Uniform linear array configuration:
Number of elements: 32
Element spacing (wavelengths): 0.25
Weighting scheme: cosine
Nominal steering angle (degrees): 0
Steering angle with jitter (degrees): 1.33
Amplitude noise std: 0.05
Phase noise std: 0.05

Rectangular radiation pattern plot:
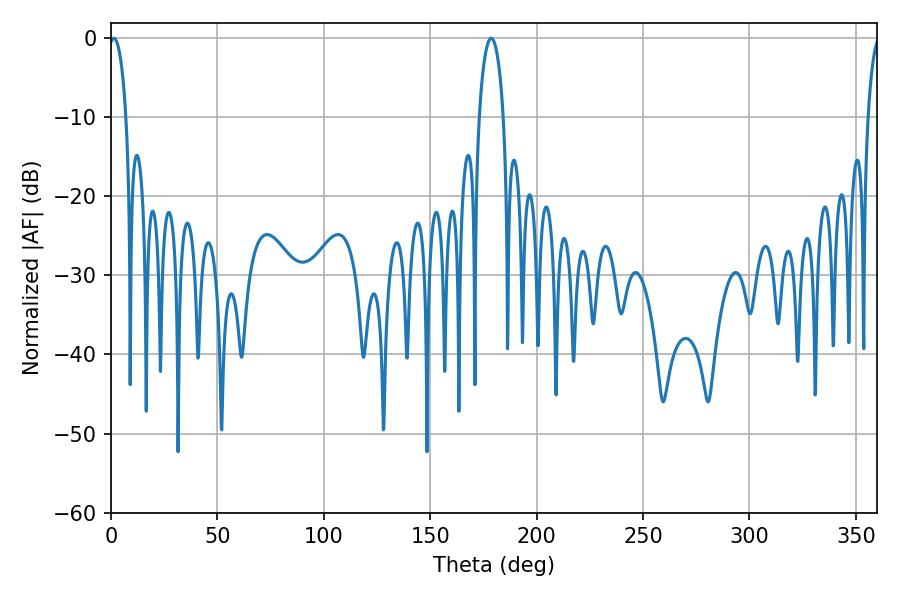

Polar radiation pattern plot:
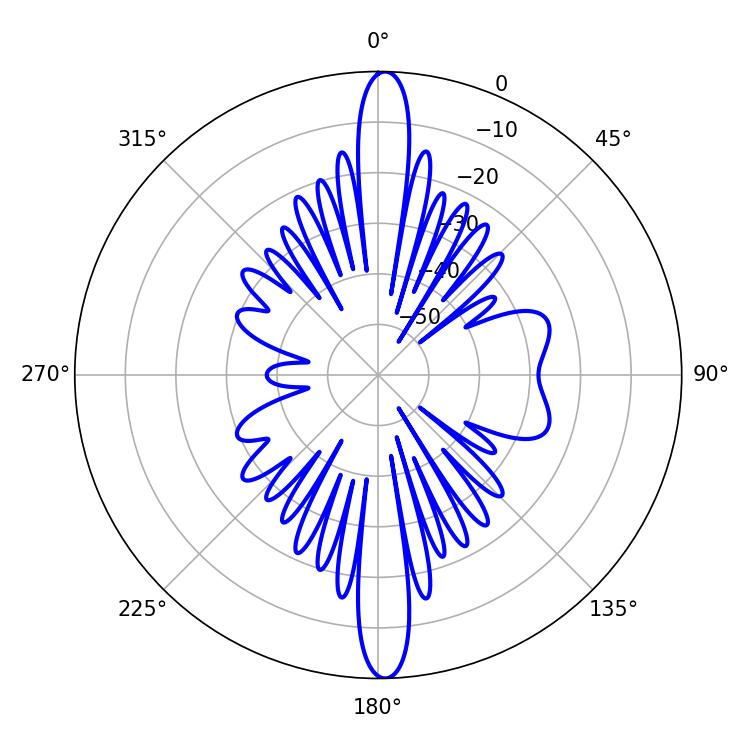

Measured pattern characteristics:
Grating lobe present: FALSE
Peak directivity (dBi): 24.366
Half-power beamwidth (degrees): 4.68
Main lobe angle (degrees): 1.44